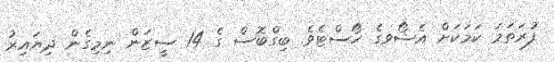
ފުރަތަމަ ކަމަކަށް އެޝޯވގެ ހޯސްޓެވެ. ބިގްބޮސް ގެ 14 ސީޒަން ނިމިގެން ދިޔައިރު